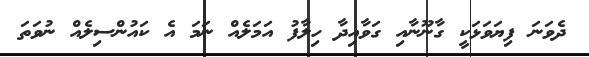
ދެވަނަ ފިޔަވަޅަކީ ގާނޫނާއި ގަވާއިދާ ހިލާފު އަމަލެއް ނަމަ އެ ކައުންސިލެއް ނުވަތަ